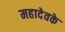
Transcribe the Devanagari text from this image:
महादेवके